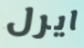
ايرل